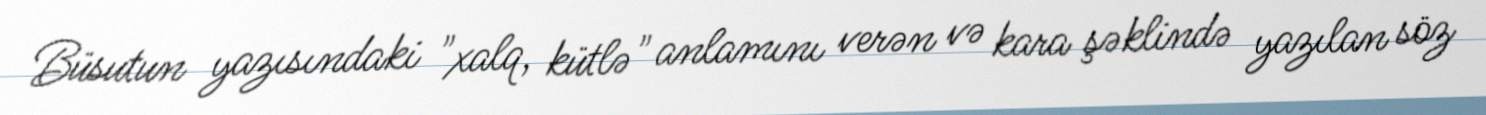
Büsutun yazısındaki "xalq, kütlə" anlamını verən və kara şəklində yazılan söz